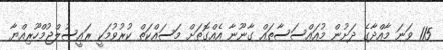
115 ވަނަ މާއްދާގެ ދަށުން މުއައްސަސާތައް ގާނޫނާ އެއްގޮތަށް މަސައްކަތް ކުރުވުމަކީ ރައީސުލްޖުމްހޫރިއްޔާ